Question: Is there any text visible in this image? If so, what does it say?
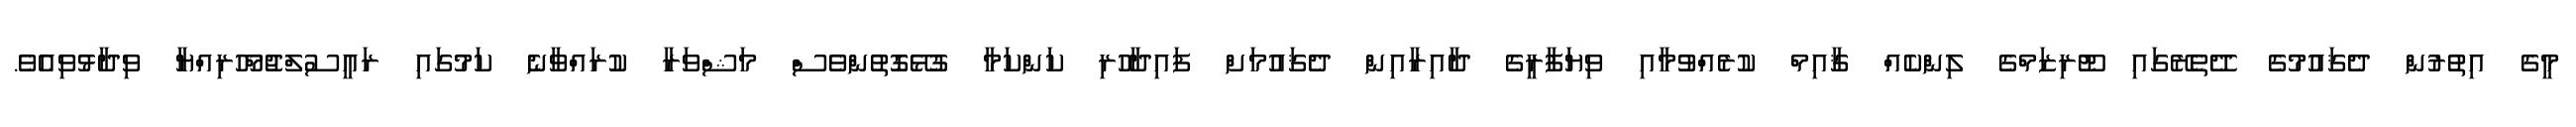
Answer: މީގެ އިތުރުން ދެޤައުމުގެ ދޭތެރޭގައި ޓޫރިޒަމްގެ ލިންކެއް ޤާއިމް ކުރެއްވުމާއި ވިޔަފާރީގެ ދާއިރާއިން ދެޤައުމަށް ފައިދާހުރި ކަންކަމާ ގުޅޭގޮތުންވެސް މަޝްވަރާ ކުރައްވާނެ ކަމުގައި ރައީސުލްޖުމްހޫރިއްޔާ ވިދާޅުވިއެވެ.